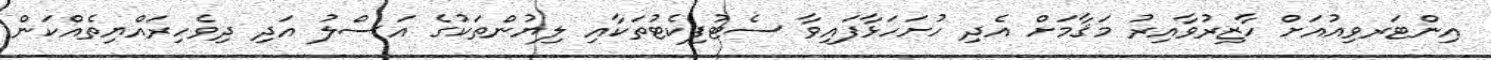
އިންޓަރވިއުއަށް ހާޒިރުވާއިރު މަޤާމަށް އެދި ހުށަހަޅާފައިވާ ސެޓުފިކެޓުތަކާއި ލިޔުންތަކުގެ އަސްލު އަދި ދިވެހިރައްޔިތެއްކަން